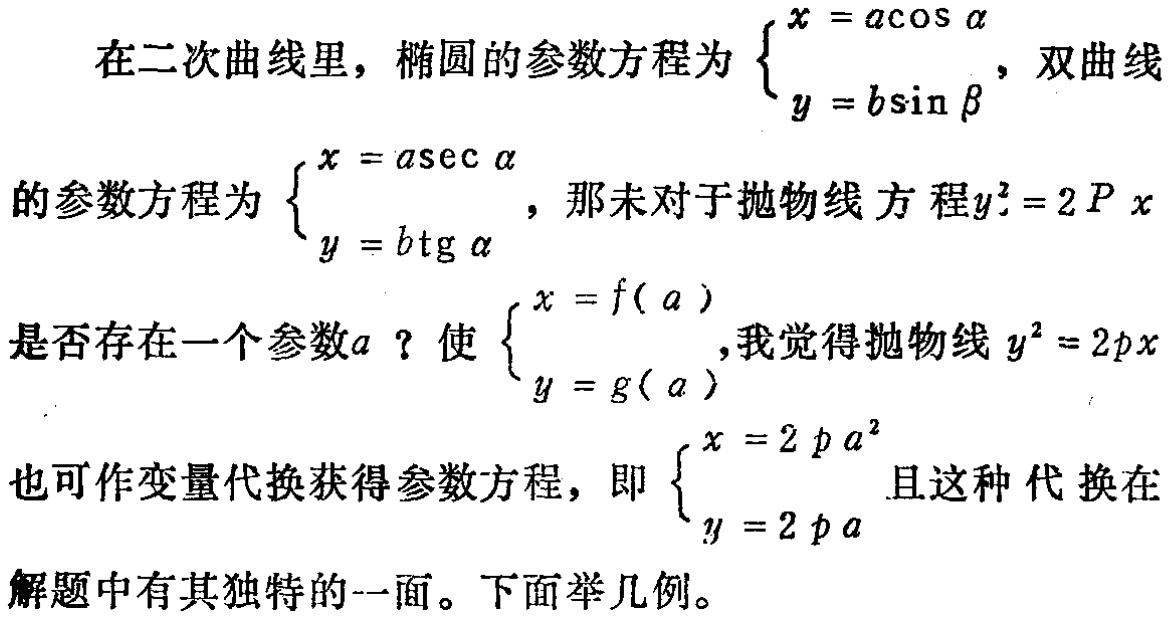
在二次曲线里，椭圆的参数方程为\(\begin{cases}x = a\cos\alpha\\y = b\sin\beta\end{cases}\)，双曲线
的参数方程为\(\begin{cases}x = a\sec\alpha\\y = b\mathrm{tg}\alpha\end{cases}\)，那未对于抛物线方程\(y^{2}=2Px\)
是否存在一个参数\(a\)？使\(\begin{cases}x = f(a)\\y = g(a)\end{cases}\)，我觉得抛物线\(y^{2}=2px\)
也可作变量代换获得参数方程，即\(\begin{cases}x = 2pa^{2}\\y = 2pa\end{cases}\)且这种代换在
解题中有其独特的一面。下面举几例。